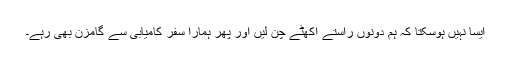
ایسا نہیں ہوسکتا کہ ہم دونوں راستے اکھٹے چُن لیں اور پھر ہمارا سفر کامیابی سے گامزن بھی رہے۔